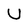
Character: U